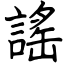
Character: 謠